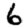
Digit: 6